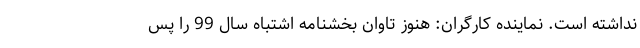
نداشته است. نماینده کارگران: هنوز تاوان بخشنامه اشتباه سال 99 را پس